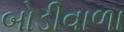
બોડીવાળા